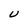
Character: U